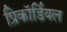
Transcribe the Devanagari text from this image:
प्रिकॉर्डियल